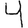
Digit: 4